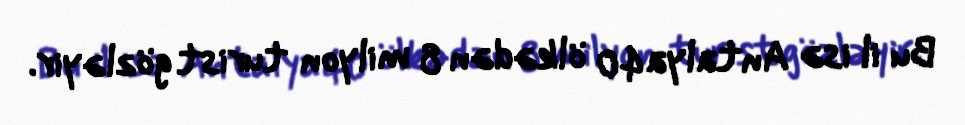
Bu il isə Antalya 40 ölkədən 8 milyon turist gözləyir.